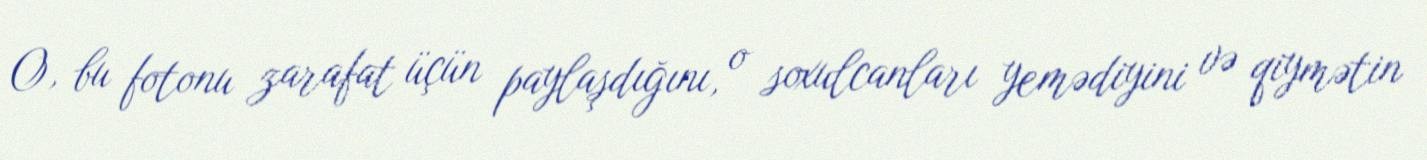
O, bu fotonu zarafat üçün paylaşdığını, o soxulcanları yemədiyini və qiymətin